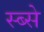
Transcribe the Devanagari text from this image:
स्ब्से